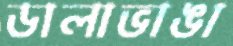
ডালাভাঙা